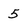
Character: 5